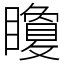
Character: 矎